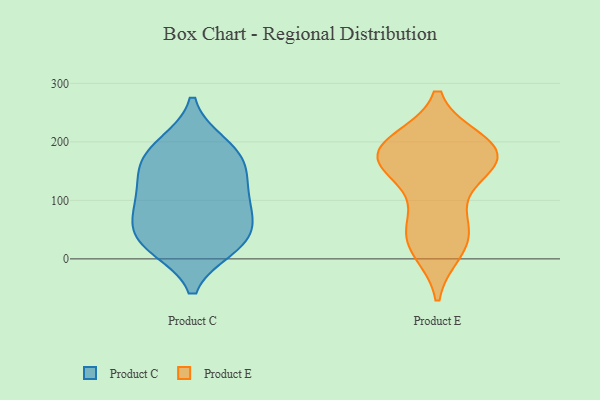
{"axis": {"x": "Active Users", "y": "Value"}, "legend": ["Product C", "Product E"], "data": [{"x": "", "y": 24, "type": "Product C"}, {"x": "", "y": 195, "type": "Product C"}, {"x": "", "y": 190, "type": "Product C"}, {"x": "", "y": 143, "type": "Product C"}, {"x": "", "y": 110, "type": "Product C"}, {"x": "", "y": 35, "type": "Product C"}, {"x": "", "y": 167, "type": "Product C"}, {"x": "", "y": 68, "type": "Product C"}, {"x": "", "y": 36, "type": "Product C"}, {"x": "", "y": 87, "type": "Product C"}, {"x": "", "y": 155, "type": "Product C"}, {"x": "", "y": 94, "type": "Product C"}, {"x": "", "y": 21, "type": "Product C"}, {"x": "", "y": 180, "type": "Product E"}, {"x": "", "y": 167, "type": "Product E"}, {"x": "", "y": 22, "type": "Product E"}, {"x": "", "y": 41, "type": "Product E"}, {"x": "", "y": 84, "type": "Product E"}, {"x": "", "y": 16, "type": "Product E"}, {"x": "", "y": 199, "type": "Product E"}, {"x": "", "y": 52, "type": "Product E"}, {"x": "", "y": 146, "type": "Product E"}, {"x": "", "y": 165, "type": "Product E"}, {"x": "", "y": 174, "type": "Product E"}, {"x": "", "y": 196, "type": "Product E"}, {"x": "", "y": 173, "type": "Product E"}, {"x": "", "y": 193, "type": "Product E"}]}